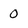
Character: 0